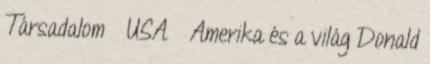
Társadalom » USA » Amerika és a világ Donald